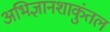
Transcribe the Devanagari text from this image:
अभिज्ञानशाकुंतल